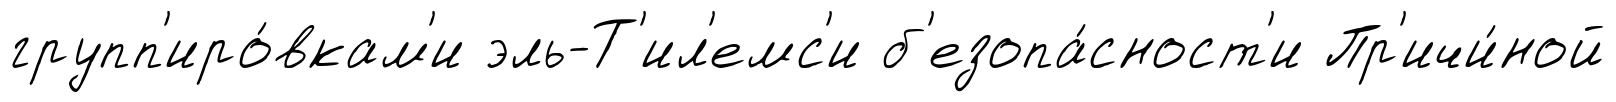
групп'иро́вкам'и эль-Т'ил'емс'и б'езопа́сност'и Пр'ичи́ной